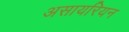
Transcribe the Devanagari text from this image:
असायरियन